Leaving Certificate Examination, 1915
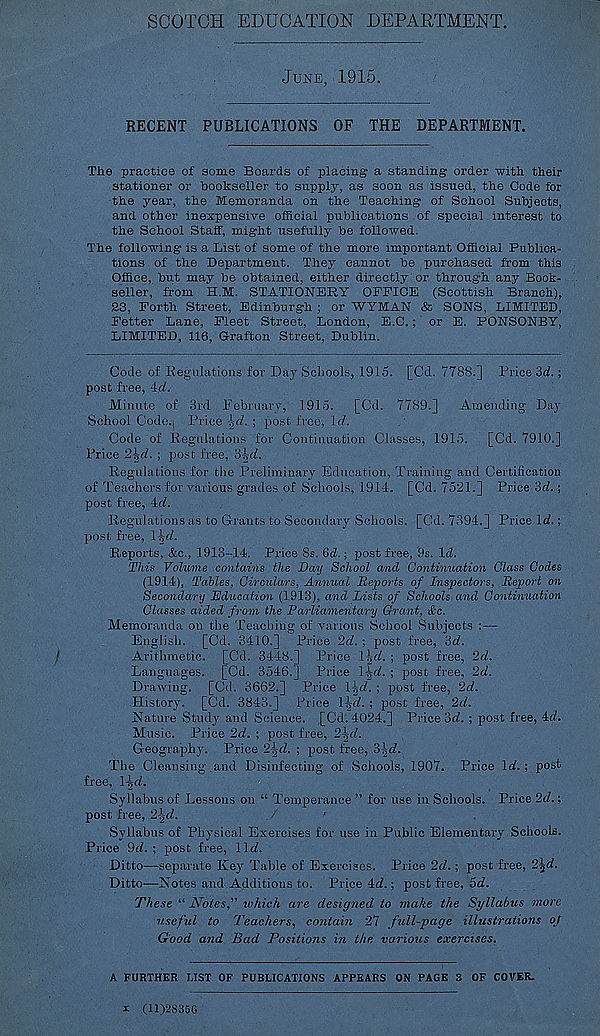
SCOTCH EDUCATION DEPARTMENT.
JUNE, 1915.
RECENT PUBLICATIONS OF THE DEPARTMENT.
The practice of some Boards of placing a standing order with their
stationer or hookseller to supply, as soon as issued, the Code for
the year, the Memoranda on the Teaching of School Subjects,
and other inexpensive official publications of special interest to
the School Staff, might usefully be followed.
The following is a List of some of the more important Official Publica-
tions of the Department. They cannot be purchased from this
Office, but may be obtained, either directly or through any Book-
seller, from H.M. STATIONERY OFFICE (Scottish Branch),
23, Forth Street, Edinburgh ; or WYMAN & SONS, LIMITED,
Fetter Lane, Fleet Street, London, E.C.; or E. PONSONBY,
LIMITED, 116, Grafton Street, Dublin.
Code of Regulations for Day Schools, 1915. [Cd. 7788.] Price 3<i.;
post free, Ad.
Minute of 3rd February, 1915.
[Cd. 7789.]
Amending Day
School Code., Price |<7. ; post free, 1 of.
Code of Regulations for Continuation Classes, 1915.
[Cd. 7910.]
Price 2\d. ; post free, 3^d.
Regulations for the Preliminary Education, Training and Certification
of Teachers for various grades of Schools, 1914. [Cd. 7521.] Price 3d.;
post free, Ad.
Regulations as to Grants to Secondary Schools. [Cd. 7394.] Price Id.;
post free, l^d.
Reports, &c., 1913-14. Price 8s. 6d.; post free, 9s. Id.
This Vohime contains the Day School and Continuation Class Codes
(1914), Tables, Circulars, Annual Deports of Inspectors, Deport on
Secondary Education (1913), and Lists of Schools and Continuation
Classes aided from the Parliamentary Grant, &c.
Memoranda on the Teaching of various School Subjects :—
English. [Cd. 3410.] Price 2of. ; post free, ‘id.
Arithmetic. [Cd. 3448.] Price \\d. ; post free, 2d.
Languages. [Cd. 3546.] Price l-^af. ; post free, 2d.
Drawing. [Cd. 3662.] Price Hcf. ; post free, 2d.
History. [Cd. 3843.] Price \\“d. ; post free, 2d.
Nature Study and Science. ,[Cd. 4024.] Price 'id. ; post free, Ad.
Music. Price 2d. ; post free, 2\d.
Geography. Price 2jjd. ; post free, 3^d.
The Cleansing .and Disinfecting of Schools, 1907. Price Id.; post
free, l]of.
Syllabus of Lessons on “ Temperance ” for use in Schools. Price 2d.;
post free, 2-^d.
Syllabus of Physical Exercises for use in Public Elementary Schools.
Price 9d. ; post free, lid.
Ditto—separate Key Table of Exercises. Price 2d.; post free, 2^d.
Ditto—Notes and Additions to. Price 4d.; post free, 5d.
These “ Notes,which are designed to make the Syllabus more
useful to Teachers, contain 27 full-page illustrations of
Good and Bad Positions in the various exercises.
A FURTHER UST OF PUBLICATIONS APPEARS ON PAGE 3 OF COVER.
x (11)2S35G